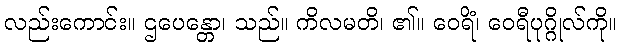
လည်းကောင်း။ ဌပေန္တော၊ သည်။ ကိလမတိ၊ ၏။ ဝေရိံ၊ ဝေရီပုဂ္ဂိုလ်ကို။